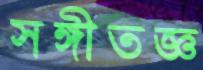
সঙ্গীতজ্ঞ